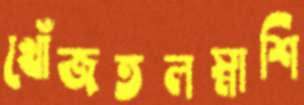
খোঁজতলস্নাশি